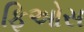
ફિઓસ